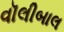
વૉલીબાલ